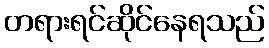
တရားရင်ဆိုင်နေရသည်